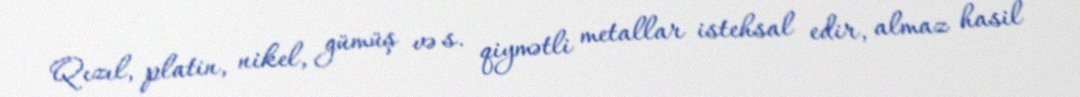
Qızıl, platin, nikel, gümüş və s. qiymətli metallar istehsal edir, almaz hasil